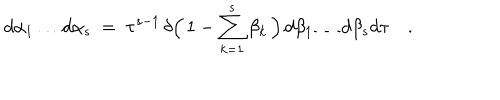
LaTeX: d \alpha _ { 1 } \ldots d \alpha _ { s } \ = \ \tau ^ { s - 1 } \, \delta \Bigl ( \, 1 - \sum _ { k = 1 } ^ { s } \beta _ { k } \, \Bigr ) \, d \beta _ { 1 } \ldots d \beta _ { s } d \tau \quad .